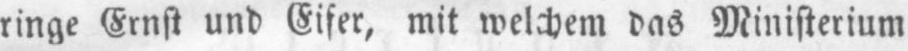
ringe Ernst und Eifer, mit welchem das Ministerium